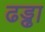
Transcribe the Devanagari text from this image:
ढड्ढा